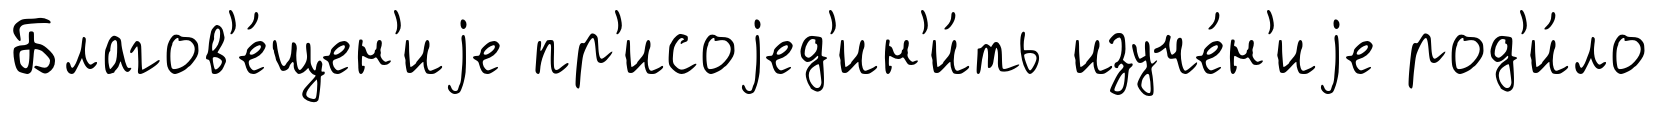
Благов'е́щен'иjе пр'исоjед'ин'и́ть изуче́н'иjе род'и́ло